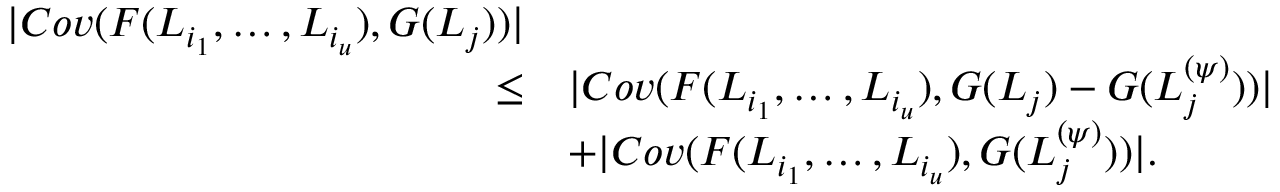
\begin{array} { r l } { | C o v ( F ( L _ { i _ { 1 } } , \ldots , L _ { i _ { u } } ) , G ( L _ { j } ) ) | } & { } \\ { \leq } & { | C o v ( F ( L _ { i _ { 1 } } , \ldots , L _ { i _ { u } } ) , G ( L _ { j } ) - G ( L _ { j } ^ { ( \psi ) } ) ) | } \\ & { + | C o v ( F ( L _ { i _ { 1 } } , \ldots , L _ { i _ { u } } ) , G ( L _ { j } ^ { ( \psi ) } ) ) | . } \end{array}